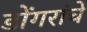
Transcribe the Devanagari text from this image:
डोंगरांचे